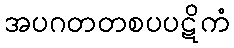
အပဂတတစပပဋိကံ